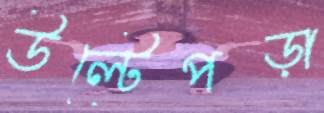
উল্টেপড়া